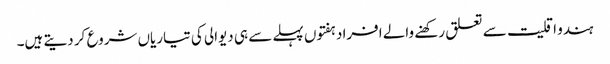
ہندو اقلیت سے تعلق رکھنے والے افراد ہفتوں پہلے سے ہی دیوالی کی تیاریاں شروع کر دیتے ہیں۔